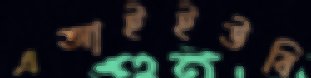
এআইইউবি